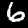
Label: 6